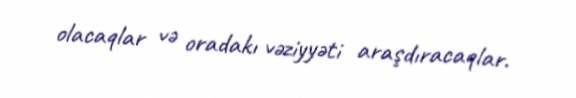
olacaqlar və oradakı vəziyyəti araşdıracaqlar.